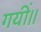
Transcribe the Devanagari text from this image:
गयीं।।